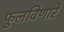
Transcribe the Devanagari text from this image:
फुलविणारे